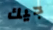
جيك